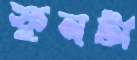
ফুনটা